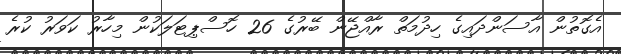
އެގޮތުން އާސަންދައިގެ ހިދުމަތް ރާއްޖޭން ބޭރުގެ 26 ހޮސްޕިޓަލަކުން މިހާރު ކަވަރު ކުރެ